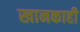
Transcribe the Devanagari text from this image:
खानकाही